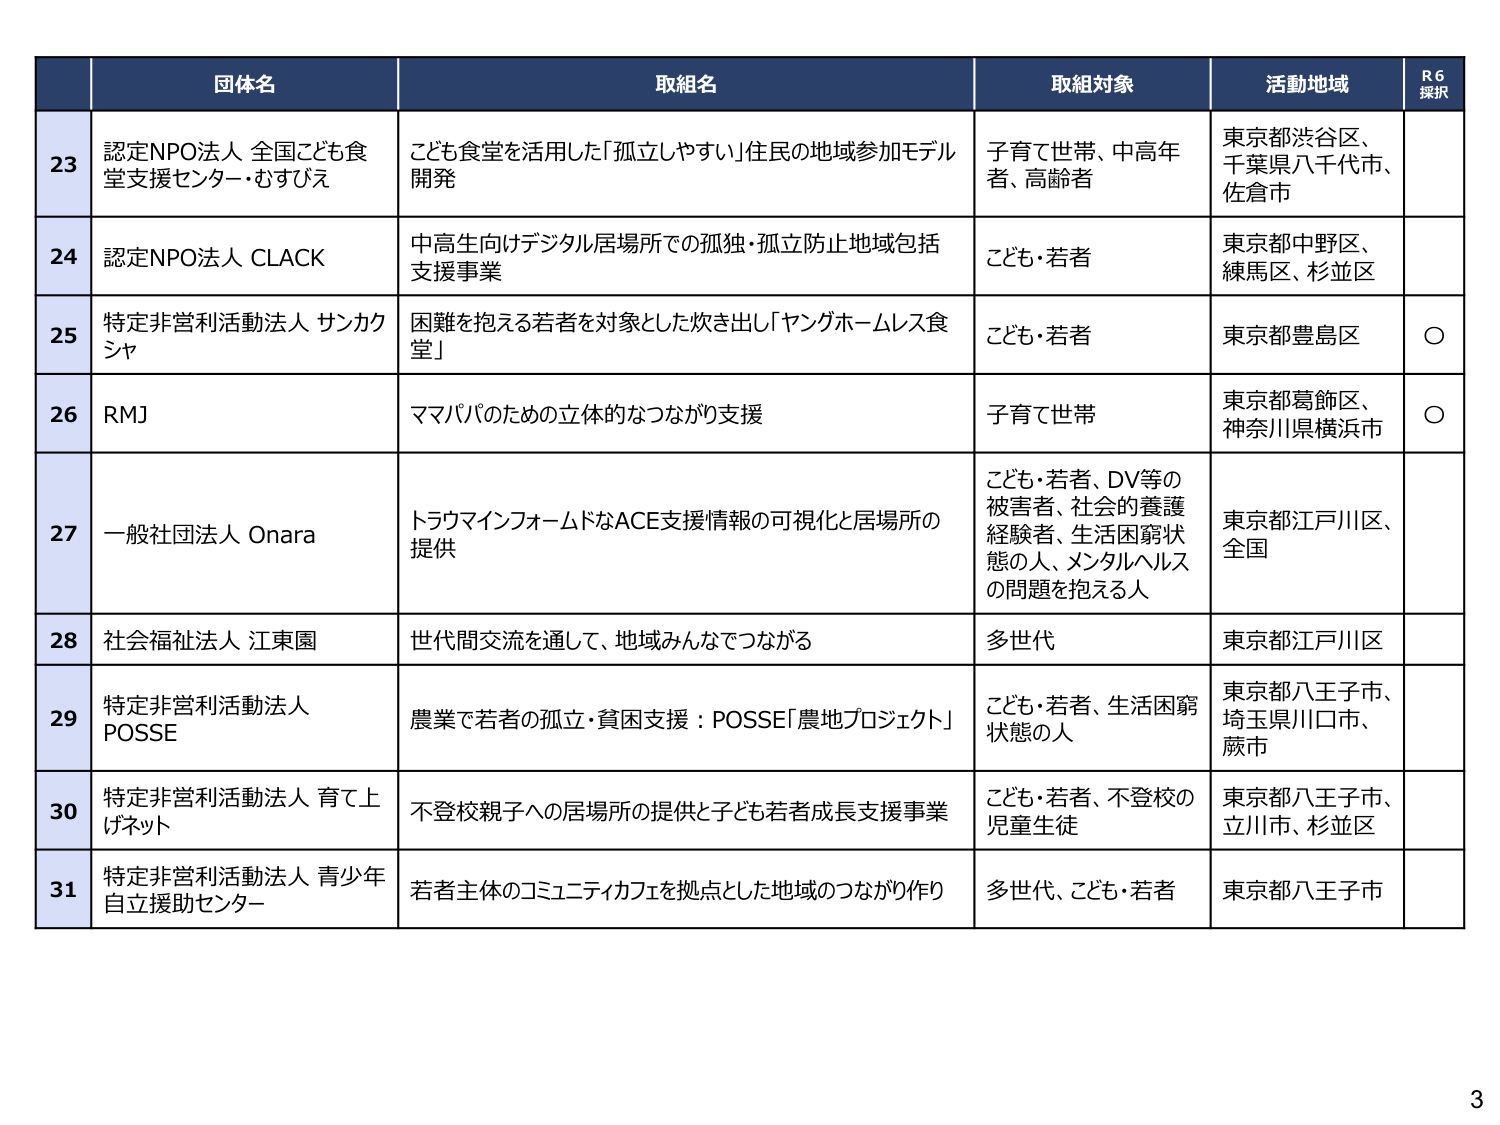
団体名
取組名
取組対象
活動地域
R6 採択

23
認定NPO法人 全国こども食堂支援センター・むすびえ
こども食堂を活用した「孤立しやすい」住民の地域参加モデル開発
子育て世帯、中高年者、高齢者
東京都渋谷区、千葉県八千代市、佐倉市

24
認定NPO法人 CLACK
中高生向けデジタル居場所での孤独・孤立防止地域包括支援事業
こども・若者
東京都中野区、練馬区、杉並区

25
特定非営利活動法人 サンカクシャ
困難を抱える若者を対象とした炊き出し「ヤングホームレス食堂」
こども・若者
東京都豊島区
○

26
RMJ
ママバのための立体的なつながり支援
子育て世帯
東京都葛飾区、神奈川県横浜市
○

27
一般社団法人 Onara
トラウマインフォームドなACE支援情報の可視化と居場所の提供
こども・若者、DV等の被害者、社会的養護経験者、生活困窮状態の人、メンタルヘルスの問題を抱える人
東京都江戸川区、全国

28
社会福祉法人 江東園
世代間交流を通して、地域みんなでつながる
多世代
東京都江戸川区

29
特定非営利活動法人 POSSE
農業で若者の孤立・貧困支援：POSSE「農地プロジェクト」
こども・若者、生活困窮状態の人
東京都八王子市、埼玉県川口市、蕨市

30
特定非営利活動法人 育て上げネット
不登校親子への居場所の提供と子ども若者成長支援事業
こども・若者、不登校の児童生徒
東京都八王子市、立川市、杉並区

31
特定非営利活動法人 青少年自立援助センター
若者主体のコミュニティカフェを拠点とした地域のつながり作り
多世代、こども・若者
東京都八王子市

3